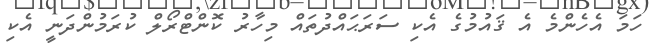
ހަމަ އެހެންމެ އެ ޤައުމުގެ އެކި ސަރަޙައްދުތައް މިހާރު ކޮންޓްރޯލް ކުރަމުންދަނީ އެކި